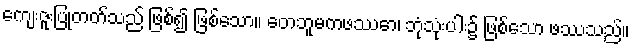
ကျေးဇူးပြုတတ်သည် ဖြစ်၍ ဖြစ်သော။ တေဘူမကဖဿော၊ ဘုံသုံးပါး၌ ဖြစ်သော ဖဿသည်။